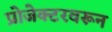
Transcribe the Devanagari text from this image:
प्रोजेक्टरवरून